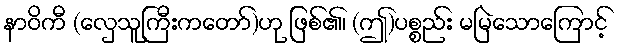
နာဝိကီ (လှေသူကြီးကတော်)ဟု ဖြစ်၏၊ (ဤ)ပစ္စည်း မမြဲသောကြောင့်